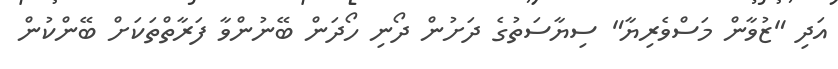
އަދި "ޒުވާން މަސްވެރިޔާ" ސިޔާސަތުގެ ދަށުން ދޯނި ހޯދަން ބޭނުންވާ ފަރާތްތަކަށް ބޭންކުން